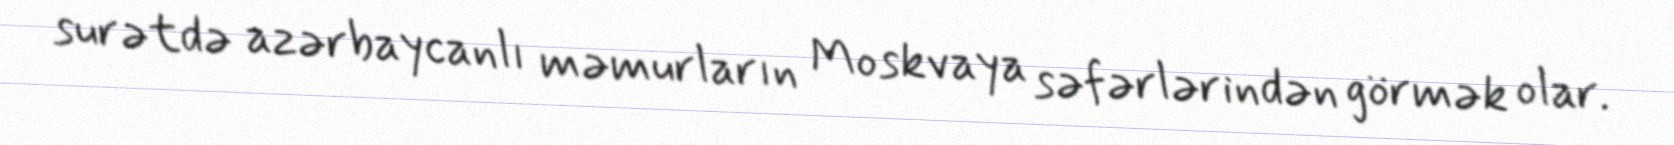
surətdə azərbaycanlı məmurların Moskvaya səfərlərindən görmək olar.